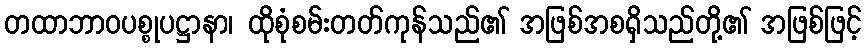
တထာဘာဝပစ္စုပဋ္ဌာနာ၊ ထိုစုံစမ်းတတ်ကုန်သည်၏ အဖြစ်အစရှိသည်တို့၏ အဖြစ်ဖြင့်